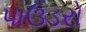
પાઉડરો